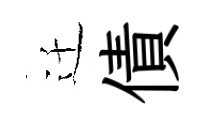
迁債